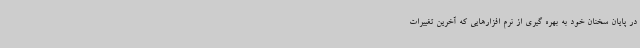
در پایان سخنان خود به بهره گیری از نرم افزارهایی که آخرین تغییرات